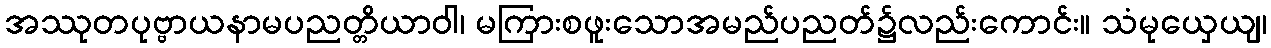
အဿုတပုဗ္ဗာယနာမပညတ္တိယာဝါ၊ မကြားစဖူးသောအမည်ပညတ်၌လည်းကောင်း။ သံမုယှေယျ၊